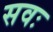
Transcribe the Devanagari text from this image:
सवः